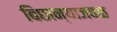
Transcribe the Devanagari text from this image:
बिछान्याजवळ